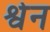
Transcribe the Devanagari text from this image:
श्वेन